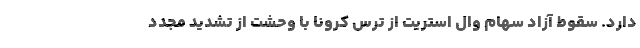
دارد. سقوط آزاد سهام وال استریت از ترس کرونا با وحشت از تشدید مجدد